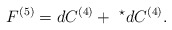
\begin{align*}F^{(5)} = dC^{(4)} + \ ^\star dC^{(4)}. \end{align*}